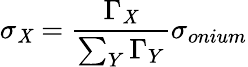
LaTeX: \sigma_{\mathit{X}}=\frac{{\Gamma_{\mathit{X}}}}{{\sum_{Y}\Gamma_{Y}}}\sigma_{onium}